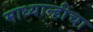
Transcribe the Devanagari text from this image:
माध्यान्हीचा